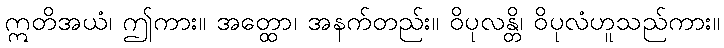
ဣတိအယံ၊ ဤကား။ အတ္ထော၊ အနက်တည်း။ ဝိပုလန္တိ၊ ဝိပုလံဟူသည်ကား။